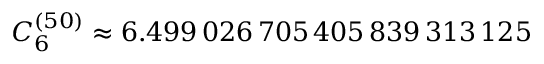
C _ { 6 } ^ { ( 5 0 ) } \approx 6 . 4 9 9 \, 0 2 6 \, 7 0 5 \, 4 0 5 \, 8 3 9 \, 3 1 3 \, 1 2 5